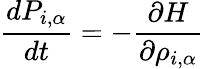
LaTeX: \frac{dP_{i,\alpha}}{dt}=-\frac{\partial H}{\partial\rho_{i,\alpha}}